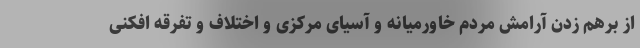
از برهم زدن آرامش مردم خاورمیانه و آسیای مرکزی و اختلاف و تفرقه افکنی